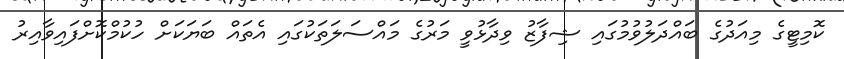
ކޮމިޓީގެ މިއަދުގެ ބައްދަލުވުމުގައި ޝިފާޒު ވިދާޅުވީ މަރުގެ މައްސަލަތަކުގައި އެތައް ބަޔަކަށް ހުކުމްކޮށްފައިވާއިރު